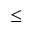
\le